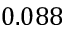
0 . 0 8 8